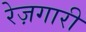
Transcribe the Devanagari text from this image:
रेज़गारी